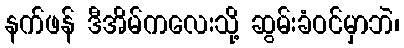
နက်ဖန် ဒီအိမ်ကလေးသို့ ဆွမ်းခံဝင်မှာဘဲ၊